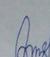
Signature authenticity: forged